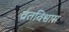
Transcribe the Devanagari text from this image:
व्रतविश्वास